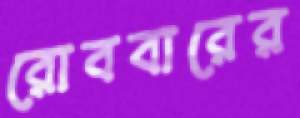
রোববারের